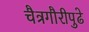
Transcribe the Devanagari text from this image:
चैत्रगौरीपुढे